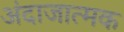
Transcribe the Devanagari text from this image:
अंदाजात्मक